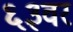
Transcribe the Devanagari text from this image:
६३वर